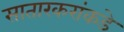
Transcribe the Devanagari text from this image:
सातारकरांकडे